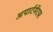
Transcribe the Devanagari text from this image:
अपार्टमेंटस